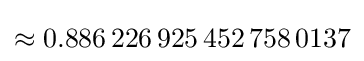
\approx 0.886\,226\,925\,452\,758\,0137